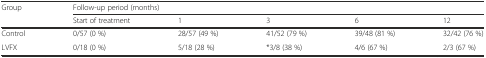
<table><thead><tr><td rowspan="2"><b>Group</b></td><td colspan="5"><b>Follow-up period (months)</b></td></tr><tr><td><b>Start of treatment</b></td><td><b>1</b></td><td><b>3</b></td><td><b>6</b></td><td><b>12</b></td></tr></thead><tbody><tr><td>Control</td><td>0/57 (0 %)</td><td>28/57 (49 %)</td><td>41/52 (79 %)</td><td>39/48 (81 %)</td><td>32/42 (76 %)</td></tr><tr><td>LVFX</td><td>0/18 (0 %)</td><td>5/18 (28 %)</td><td>*3/8 (38 %)</td><td>4/6 (67 %)</td><td>2/3 (67 %)</td></tr></tbody></table>